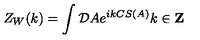
Z _ { W } ( k ) = \int { \cal D \/ } A e ^ { i k C S ( A ) } k \in { \bf Z }